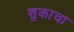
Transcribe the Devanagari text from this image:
शुकाचा